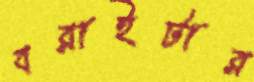
বরাইটার